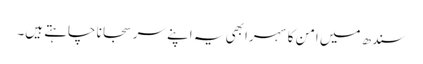
سندھ میں امن کا سہرا بھی یہ اپنے سر سجانا چاہتے ہیں۔